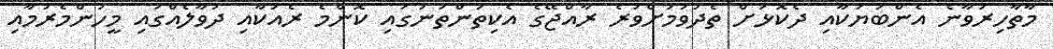
މާތާހިރުވާނެ އެންބަޔަކާއި ދެކޮޅަށް ތެދުވުމަށްވުރެ ރާއްޖޭގެ އެކިތަންތަނުގައި ކޮންމެ ރެއަކާއި ދުވާލެއްގައި މީހުންމެރުމާއި